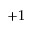
+ 1